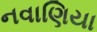
નવાણિયા